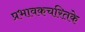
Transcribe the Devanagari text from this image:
प्रभावकचरितके